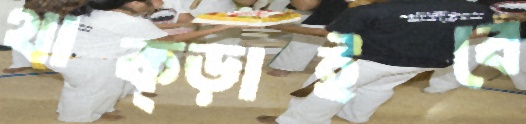
থাক্‌ড়াইবে